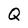
Character: Q